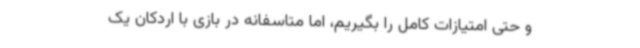
و حتی امتیازات کامل را بگیریم، اما متاسفانه در بازی با اردکان یک